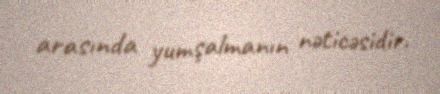
arasında yumşalmanın nəticəsidir.